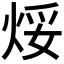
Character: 𪸯